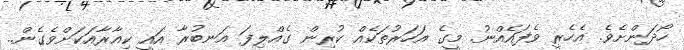
ހޯދަންށެވެ. އެހެރީ ވެފައެއްނު. މީގެ އަހަރުތަކެއް ކުރިން ގެއްލިފަ އަނބުރާ އައީ ކިއާރާއަކަށްވެގެން..